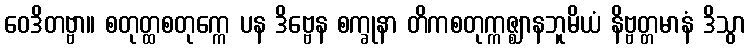
ဝေဒိတဗ္ဗာ။ စတုတ္ထစတုက္ကေ ပန ဒိဗ္ဗေန စက္ခုနာ တိကစတုက္ကဇ္ဈာနဘူမိယံ နိဗ္ဗတ္တမာနံ ဒိသွာ